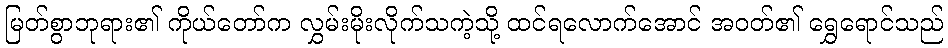
မြတ်စွာဘုရား၏ ကိုယ်တော်က လွှမ်းမိုးလိုက်သကဲ့သို့ ထင်ရလောက်အောင် အဝတ်၏ ရွှေရောင်သည်